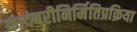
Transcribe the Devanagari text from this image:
कादंबरीनिर्मितिप्रक्रिया